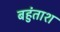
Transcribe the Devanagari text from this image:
बहुंताश